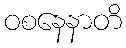
ဝစနေနာတိ